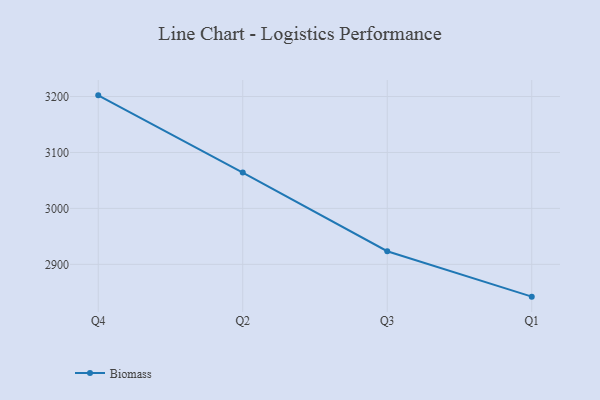
{"axis": {"x": "Quarter", "y": "Latency (ms)"}, "legend": ["Biomass"], "data": [{"x": "Q4", "y": 3202.1, "type": "Biomass"}, {"x": "Q2", "y": 3064.1, "type": "Biomass"}, {"x": "Q3", "y": 2923.5, "type": "Biomass"}, {"x": "Q1", "y": 2842.3, "type": "Biomass"}]}